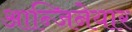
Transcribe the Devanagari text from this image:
आन्जिनेयार